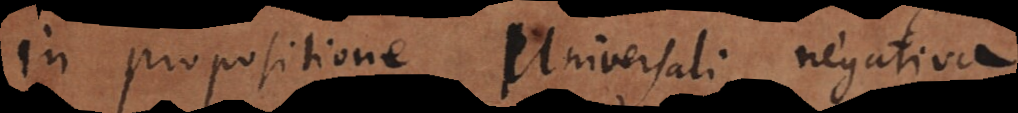
In propositione Universali negativa